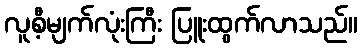
လူစီ့မျက်လုံးကြီး ပြူးထွက်လာသည်။